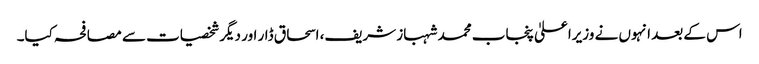
اس کے بعد انہوں نے وزیراعلیٰ پنجاب محمد شہباز شریف، اسحاق ڈار اور دیگر شخصیات سے مصافحہ کیا۔